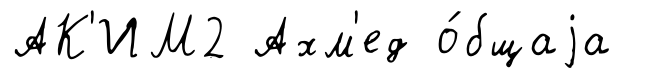
АК'ИМ2 Ахм'ед о́бщаjа